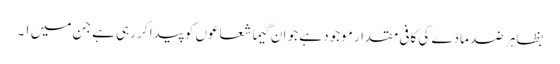
بظاہر ضد مادّے کی کافی مقدار موجود ہے جو ان گیما شعاعوں کو پیدا کر رہی ہے جن میں ١۔